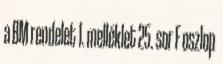
a BM rendelet 1. melléklet 25. sor F oszlop